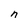
Character: n